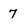
Character: 7